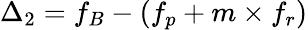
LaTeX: \Delta_{2}=f_{B}-(f_{p}+m\times f_{r})